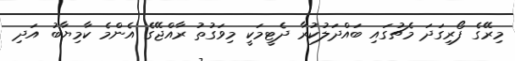
މިރޭގެ ފޯރިގަދަ މެޗުގައި ބައްދަލުކުރާ ދެޓީމަކީ މިވަގުތު ރާއްޖޭގެ އެންމެ ކާމިޔާބު އަދި